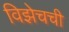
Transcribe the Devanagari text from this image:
विझेचची